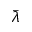
\bar { \lambda }